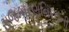
રાજકારણનિરવની